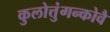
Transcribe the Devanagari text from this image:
कुलोत्तुंगन्कोवै